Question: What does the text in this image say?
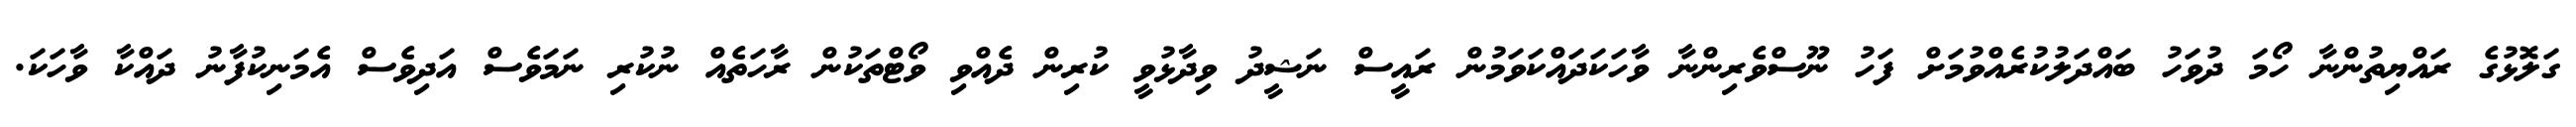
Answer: ގަލޮޅުގެ ރައްޔިތުންނާ ހޯމަ ދުވަހު ބައްދަލުކުރެއްވުމަށް ފަހު ނޫސްވެރިންނާ ވާހަކަދައްކަވަމުން ރައީސް ނަޝީދު ވިދާޅުވީ ކުރިން ދެއްވި ވޯޓްތަކުން ރާހަތެއް ނުކުރި ނަމަވެސް އަދިވެސް އެމަނިކުފާނު ދައްކާ ވާހަކަ.